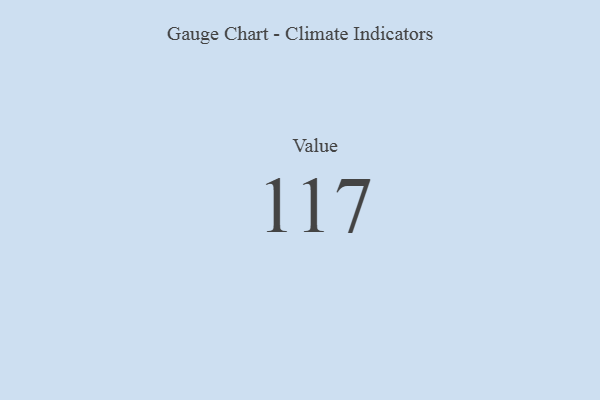
{"axis": {"x": "Metric", "y": "Value"}, "legend": [""], "data": [{"x": "Value", "y": 117, "type": ""}]}